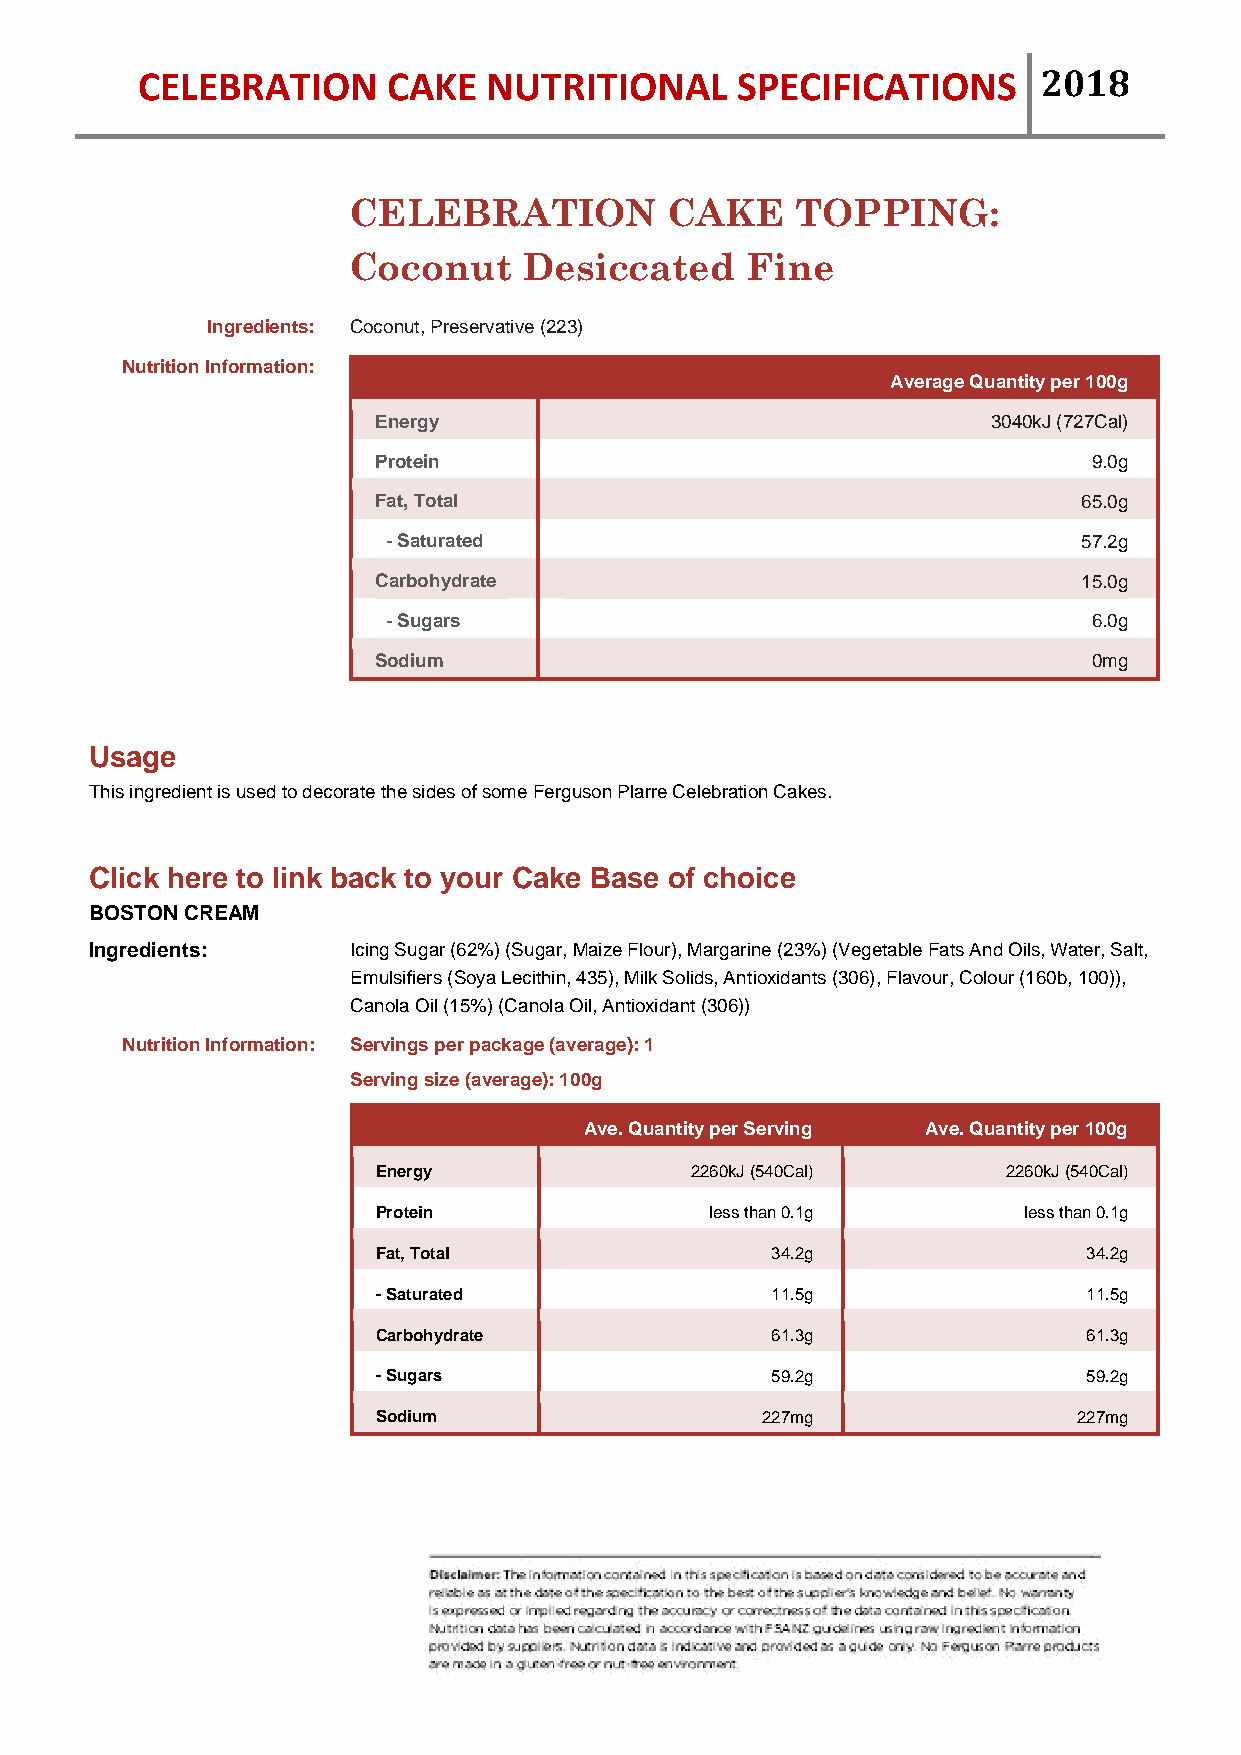
CELEBRATION      CAKE  NUTRITIONAL      SPECIFICATIONS      2018
 CELEBRATION          CAKE     TOPPING:
 Coconut     Desiccated    Fine
 Ingredients: Coconut, Preservative (223)
 Nutrition Information:
 Average Quantity per 100g
 Energy                                   3040kJ (727Cal)
 Protein                                        9.0g
 Fat, Total                                     65.0g
 - Saturated                                   57.2g
 Carbohydrate                                   15.0g
 - Sugars                                      6.0g
 Sodium                                         0mg
 Usage
 This ingredient is used to decorate the sides of some Ferguson Plarre Celebration Cakes.
 Click here to link back to your Cake Base of choice
 BOSTON CREAM
 Ingredients:     Icing Sugar (62%) (Sugar, Maize Flour), Margarine (23%) (Vegetable Fats And Oils, Water, Salt,
 Emulsifiers (Soya Lecithin, 435), Milk Solids, Antioxidants (306), Flavour, Colour (160b, 100)),
 Canola Oil (15%) (Canola Oil, Antioxidant (306))
 Nutrition Information: Servings per package (average): 1
 Serving size (average): 100g
 Ave. Quantity per Serving Ave. Quantity per 100g
 Energy               2260kJ (540Cal)      2260kJ (540Cal)
 Protein               less than 0.1g       less than 0.1g
 Fat, Total                34.2g                34.2g
 - Saturated               11.5g                11.5g
 Carbohydrate              61.3g                61.3g
 - Sugars                  59.2g                59.2g
 Sodium                   227mg                227mg